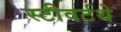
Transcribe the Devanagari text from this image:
स्टीवर्टथे